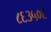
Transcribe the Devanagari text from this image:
८६३५०६